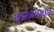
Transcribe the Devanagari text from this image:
नेत्ररोगशास्त्रात